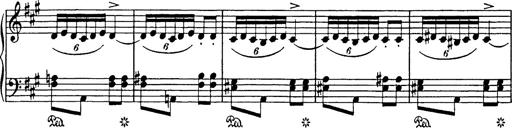
Title: Mephisto Polka
Composer: Franz Liszt